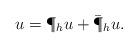
LaTeX: \begin{align*}u = \P_h u + \bar \P_h u.\end{align*}